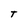
Character: t